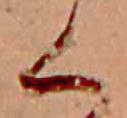
く